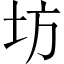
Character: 坊